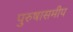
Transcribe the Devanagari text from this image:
पुरुषासमीप